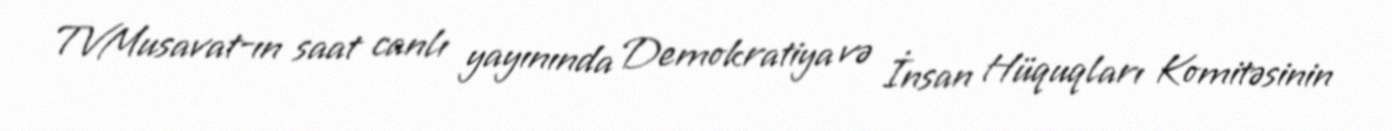
TVMusavat-ın saat canlı yayınında Demokratiya və İnsan Hüquqları Komitəsinin